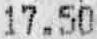
17.50